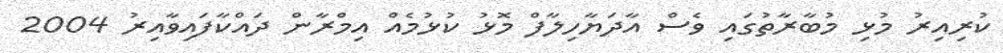
ކުރިއިރު މުޅި މުބާރާތުގައި ވެސް އާދަޔާހިލާފް މޮޅު ކުޅުމެއް އިމްރާން ދައްކާފައިވާއިރު 2004